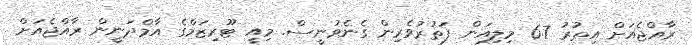
ރާއްޖެއަށް އިތުރު 6.7 މިލިއަން ފަތުރުވެރިން ގެނެވުނީސް. މިއީ ޓޫރިޒަމްގެ އާމްދަނީން ރާއްޖެއަށް